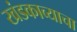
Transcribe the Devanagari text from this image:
खंडकाव्याचा